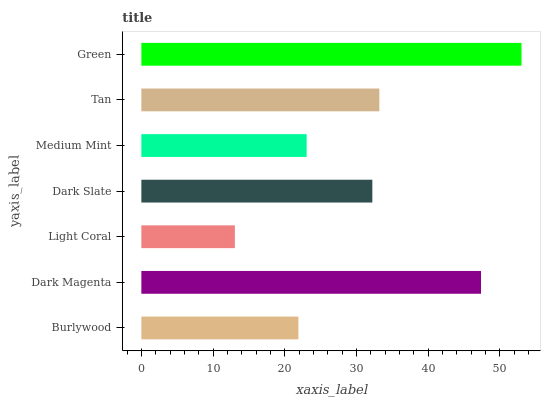
| yaxis_label | bars |
 | --- | --- |
 | Burlywood | 21.9 |
 | Dark Magenta | 47.4 |
 | Light Coral | 13 |
 | Dark Slate | 32.2 |
 | Medium Mint | 23.1 |
 | Tan | 33.2 |
 | Green | 53 |